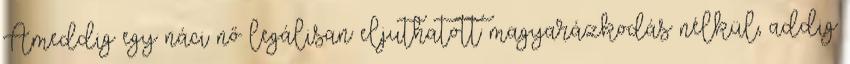
Ameddig egy náci nő legálisan eljuthatott magyarázkodás nélkül, addig